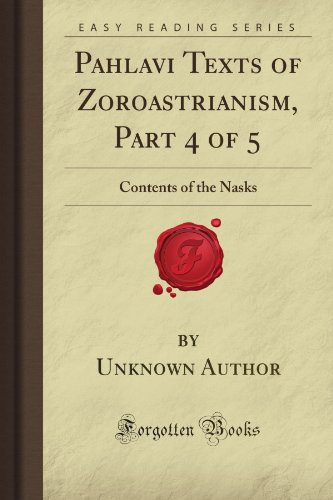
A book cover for Pahlavi Texts of Zoroastrianism, Part 4 of 5: Contents of the Nasks (Forgotten Books); Unknown Firminger Author; Religion & Spirituality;